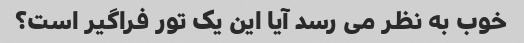
خوب به نظر می رسد آیا این یک تور فراگیر است؟